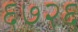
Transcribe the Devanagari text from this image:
६७२६